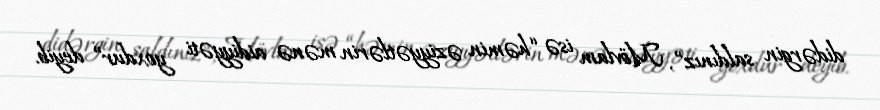
didərgin saldınız”, Mövlam isə “həmin əziyyətlərin mənə aidiyyəti yoxdur” deyib.